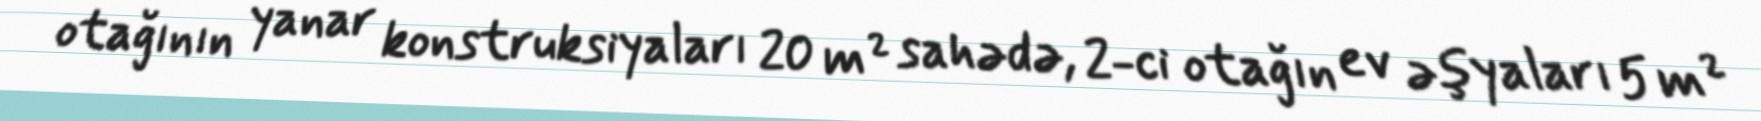
otağının yanar konstruksiyaları 20 m² sahədə, 2-ci otağın ev əşyaları 5 m²